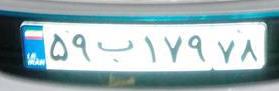
۵۹ب۱۷۹۷۸